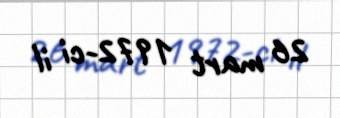
26 mart 1972-ci il